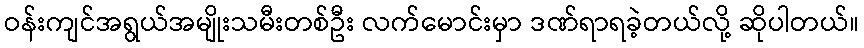
ဝန်းကျင်အရွယ်အမျိုးသမီးတစ်ဦး လက်မောင်းမှာ ဒဏ်ရာရခဲ့တယ်လို့ ဆိုပါတယ်။